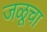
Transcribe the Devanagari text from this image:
जळूचा